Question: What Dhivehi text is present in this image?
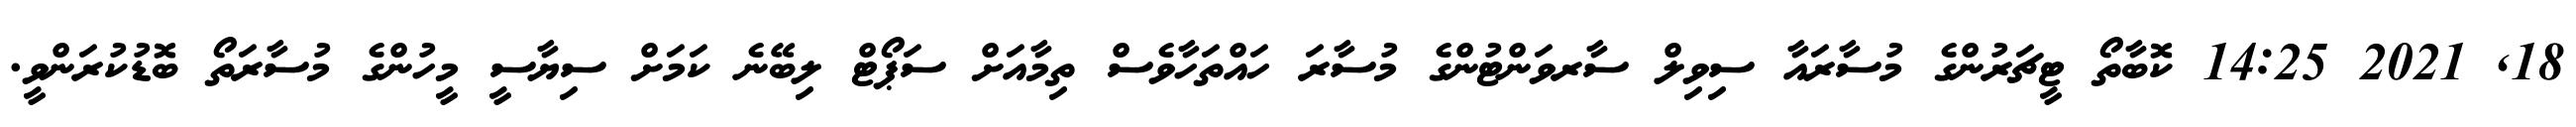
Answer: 18, 2021 14:25 ކޮބާތޯ ޓީޗަރުންގެ މުސާރައާ ސިވިލް ސާރވަންޓުންގެ މުސާރަ ހައްތަހާވެސް ތިމާއަށް ސަޕޯޓް ލިބޭނެ ކަމަށް ސިޔާސީ މީހުންގެ މުސާރަތޯ ބޮޑުކުރަންވީ.